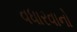
વધારવાનો